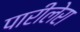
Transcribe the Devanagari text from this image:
पारीलेरा